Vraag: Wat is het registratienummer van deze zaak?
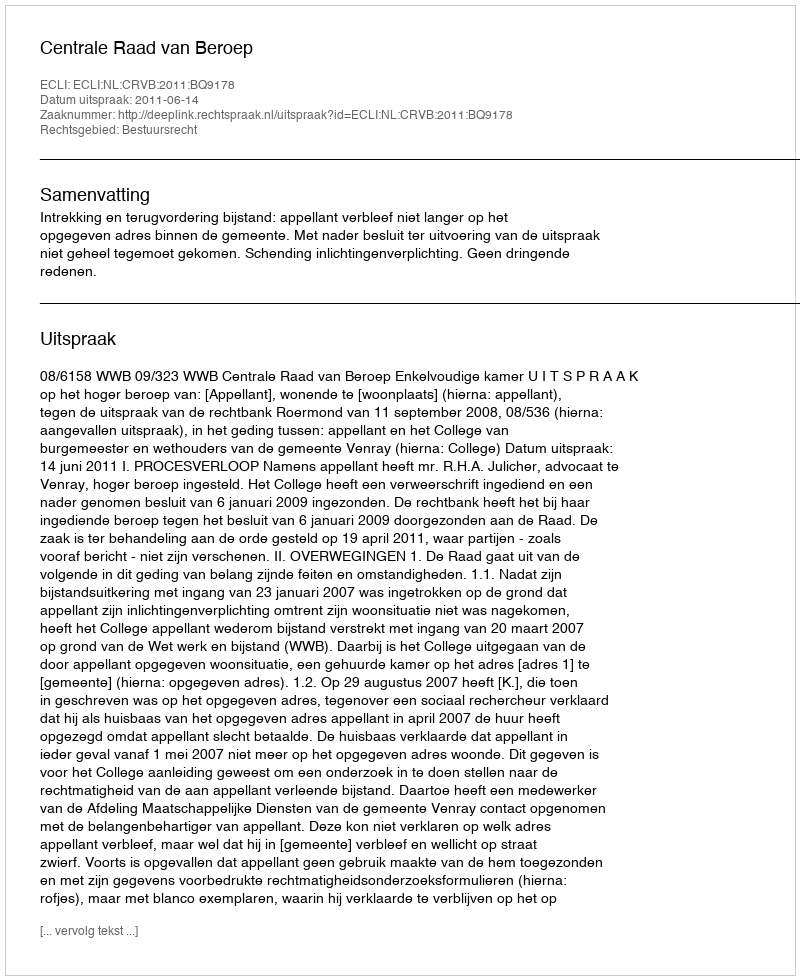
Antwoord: http://deeplink.rechtspraak.nl/uitspraak?id=ECLI:NL:CRVB:2011:BQ9178